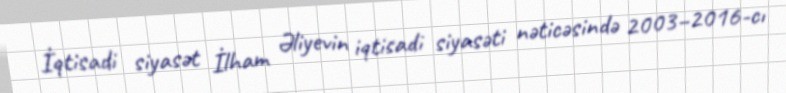
İqtisadi siyasət İlham Əliyevin iqtisadi siyasəti nəticəsində 2003–2016-cı